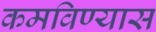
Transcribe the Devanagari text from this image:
कमविण्यास